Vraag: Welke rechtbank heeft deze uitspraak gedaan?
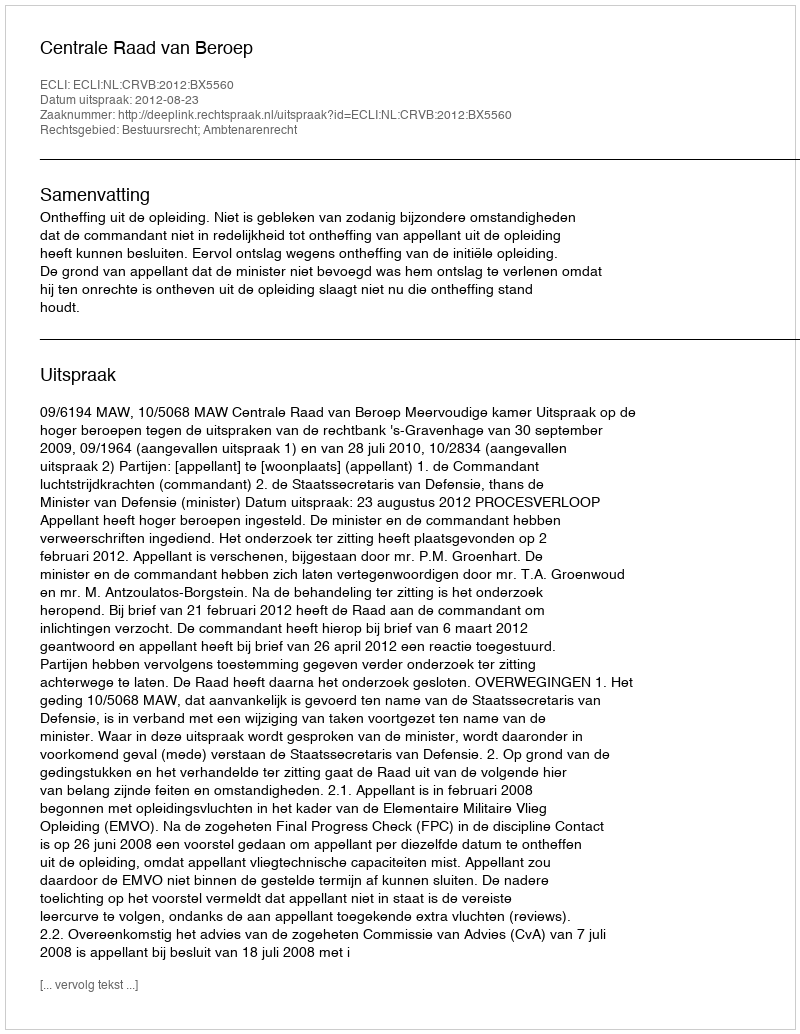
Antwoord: Centrale Raad van Beroep